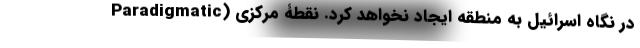
Paradigmatic) در نگاهِ اسرائیل به منطقه ایجاد نخواهد کرد. نقطۀ مرکزی